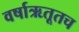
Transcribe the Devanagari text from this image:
वर्षाऋतूतच